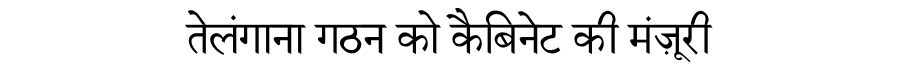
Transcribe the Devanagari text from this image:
तेलंगाना गठन को कैबिनेट की मंज़ूरी